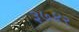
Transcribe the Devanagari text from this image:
३७४२